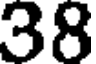
38